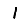
Digit: 1